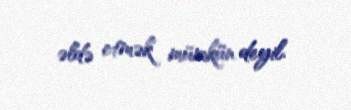
əldə etmək mümkün deyil.